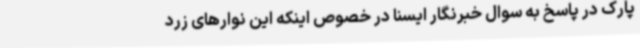
پارک در پاسخ به سوال خبرنگار ایسنا در خصوص اینکه این نوارهای زرد